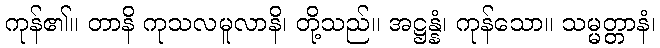
ကုန်၏။ တာနိ ကုသလမူလာနိ၊ တို့သည်။ အဋ္ဌန္နံ၊ ကုန်သော။ သမ္မတ္တာနံ၊